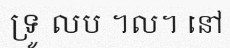
ទ្រូ លប ។ល។ នៅ